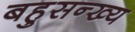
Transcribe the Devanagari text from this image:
बहुसन्ख्य